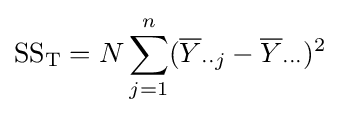
{\text{SS}}_{\text{T}}=N\sum _{j=1}^{n}({\overline {Y}}_{\cdot \cdot j}-{\overline {Y}}_{\cdot \cdot \cdot })^{2}